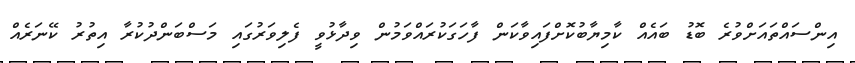
އިންސައްތައަށްވުރެ ބޮޑު ބައެއް ކާމިޔާބުކޮށްފައިވާކަން ފާހަގަކުރައްވަމުން ވިދާޅުވީ ފެލިވަރުގައި މަސްބަންދުކުރާ އިތުރު ކޭނަރެއް